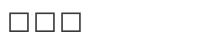
١٢٦